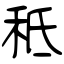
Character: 秪